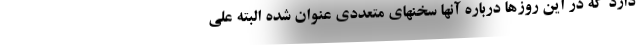
دارد که در این روزها درباره آنها سخنهای متعددی عنوان شده البته علی